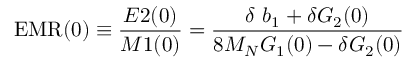
\mathrm { E M R } ( 0 ) \equiv \frac { E 2 ( 0 ) } { M 1 ( 0 ) } = { \frac { \delta \ b _ { 1 } + \delta G _ { 2 } ( 0 ) } { 8 M _ { N } G _ { 1 } ( 0 ) - \delta G _ { 2 } ( 0 ) } }